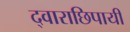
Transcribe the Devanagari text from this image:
द्वाराछिपायी